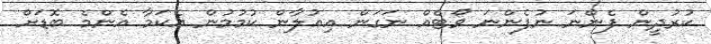
ކުރުދީން ފެންނަ ނުފެންނަ ވޯޓެއް ނަގަން އިޢުލާން ކުމުމުން އެކަމާ އެންމެ ބޮޑަށް